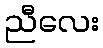
ညီလေး